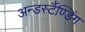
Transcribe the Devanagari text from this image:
अन्डर्स्टैण्डिंग